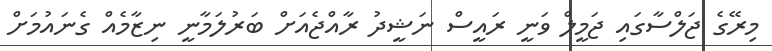
މިރޭގެ ޖަލްސާގައި ޖަމީލް ވަނީ ރައީސް ނަޝީދު ރާއްޖެއަށް ބަރުލަމާނީ ނިޒާމެއް ގެނައުމަށް